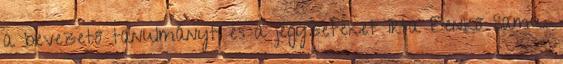
a bevezető tanulmányt és a jegyzeteket írta Benkő Samu.